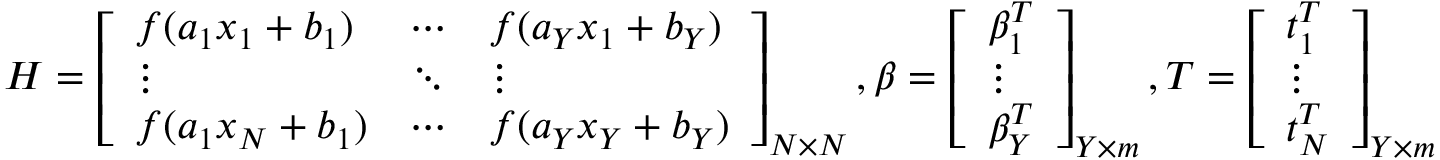
H = \left[ \begin{array} { l l l } { f ( a _ { 1 } x _ { 1 } + b _ { 1 } ) } & { \cdots } & { f ( a _ { Y } x _ { 1 } + b _ { Y } ) } \\ { \vdots } & { \ddots } & { \vdots } \\ { f ( a _ { 1 } x _ { N } + b _ { 1 } ) } & { \cdots } & { f ( a _ { Y } x _ { Y } + b _ { Y } ) } \end{array} \right] _ { N \times N } , \beta = \left[ \begin{array} { l } { \beta _ { 1 } ^ { T } } \\ { \vdots } \\ { \beta _ { Y } ^ { T } } \end{array} \right] _ { Y \times m } , T = \left[ \begin{array} { l } { t _ { 1 } ^ { T } } \\ { \vdots } \\ { t _ { N } ^ { T } } \end{array} \right] _ { Y \times m } .